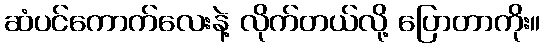
ဆံပင်ကောက်လေးနဲ့ လိုက်တယ်လို့ ပြောတာကိုး။